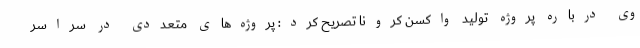
وی درباره پروژه تولید واکسن کرونا تصریح کرد: پروژه‌های متعددی در سراسر